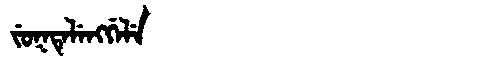
Manchu: ᠵᡠᡴᡨᡝᠯᡝᠩᡤᡝᠯᡝ
Romanization: JUKTELENGGELE